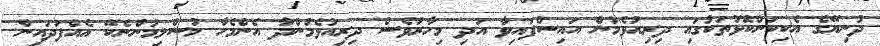
ދުނިޔޭގެ އެކިކަންކޮޅުތަކުގައި ދިރިއުޅެމުން އައިސްފައިވާ އަދި މިހާރުވެސް ދިރިއުޅެމުންދާ އެންމެހާ މުސްލިމުންނެކޭ އެއްފަދައިން